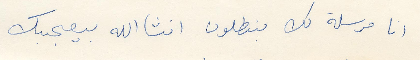
انا مرسلة لك بنطلون انشالله يعجبك